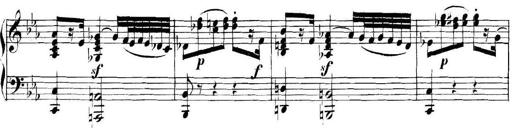
Title: Collected Piano Sonatas
Composer: Muzio Clementi